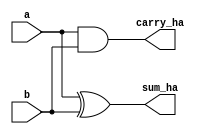
//Carry Increment Adder
//We need the half adder and Carry lookahead adder to instantiate in carry increment adder

// Half Adder Design
module half_adder(
  input a,b,
  output sum_ha,carry_ha
    );
assign sum_ha = a^b;
assign carry_ha = a&b;
endmodule

//Carry Lookahead Adder Design
module Carry_lookahead_adder(a,b,sum,carry,cin,p0,p1,p2,p3,g0,g1,g2,g3);
    input [3:0] a,b;
    input cin;
    output [3:0] sum;
    output carry;
    output p0,p1,p2,p3;
    output g0,g1,g2,g3;
    wire c1,c2,c3,c4;
    
    half_adder h1(a[0],b[0],p0,g0);
    half_adder h2(a[1],b[1],p1,g1);
    half_adder h3(a[2],b[2],p2,g2);
    half_adder h4(a[3],b[3],p3,g3);
    
    assign c1 = g0 | p0&cin;
    assign c2 = g1 | p1&g0 | p1&p0&cin;
    assign c3 = g2 | p2&g1 | p2&p1&g0 | p2&p1&p0&cin;
    assign c4 = g3 | p3&g2 | p3&p2&g1 | p3&p2&p1&p0&cin;
    
    assign sum[0] = p0 ^ cin;
    assign sum[1] = p1 ^ c1;
    assign sum[2] = p2 ^ c2;
    assign sum[3] = p3 ^ c3;
    assign carry = c4;
endmodule

//Carry Increment Adder
module Carry_Increment_Adder(a,b,sum,carry,cin);
    input [7:0] a,b;
    input cin;
    output [7:0] sum;
    output carry;
    wire [3:0] s1;
    wire p0,p1,p2,p3,p4,p5,p6,p7,g1,g2,g3,g4,g5,g6,g7,g8;
    wire cout1,cout2;
    wire c1,c2,c3,c4;
    
    Carry_lookahead_adder cla1(a[3:0],b[3:0],sum[3:0],cout1,cin,p0,p1,p2,p3,g0,g1,g2,g3);
    Carry_lookahead_adder cla2(a[7:4],b[7:4],s1[3:0],cout2,1'b0,p4,p5,p6,p7,g4,g5,g6,g7);

    half_adder a1(cout1,s1[0],sum[4],c1);
    half_adder a2(c1,s1[1],sum[5],c2);
    half_adder a3(c2,s1[2],sum[6],c3);
    half_adder a4(c3,s1[3],sum[7],c4);
    
    assign carry = c4 | cout2;
endmodule